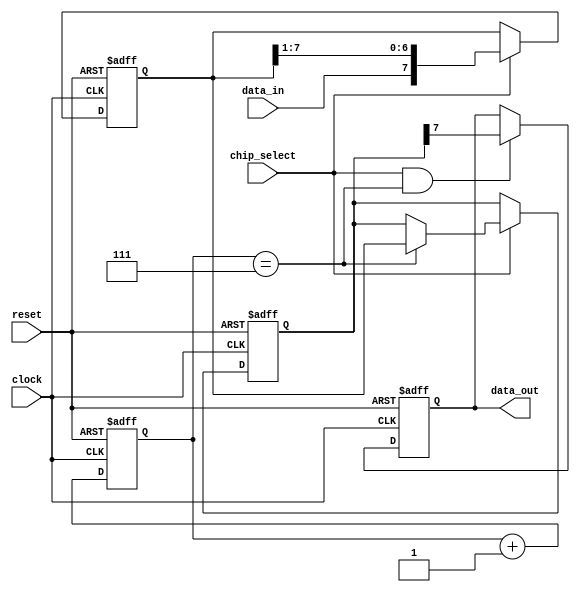
module SPI_Controller (
    input wire clock,
    input wire reset,
    input wire chip_select,
    input wire data_in,
    output reg data_out
);

// Timing control block
reg [7:0] counter;

always @(posedge clock or posedge reset) begin
    if (reset) begin
        counter <= 8'b0;
    end else begin
        counter <= counter + 1;
    end
end

// Synchronization block
reg [7:0] shift_register;
reg [7:0] data;

always @(posedge clock or posedge reset) begin
    if (reset) begin
        shift_register <= 8'b0;
        data <= 8'b0;
    end else begin
        if (chip_select) begin
            shift_register <= {data_in, shift_register[7:1]};
            if (counter == 8'b111) begin
                data <= shift_register;
            end
        end
    end
end

// Data transfer control block
always @(posedge clock or posedge reset) begin
    if (reset) begin
        data_out <= 1'b0;
    end else begin
        if (chip_select && counter == 8'b111) begin
            data_out <= data[7];
        end
    end
end

endmodule